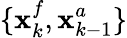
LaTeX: \{ \textbf{x}_{k}^{f},\textbf{x}_{k-1}^{a}\}